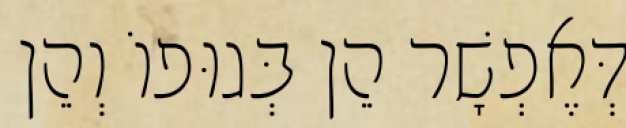
דְּאֶפְשָׁר הֵן בְּגוּפוֹ וְהֵן